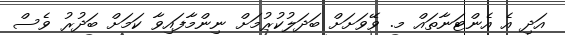
އަދި އެ އެންޓަނާތައް މ. ވޭވަށަށް ބަދަލުކުރުމަށް ނިންމާފައިވާ ކަމަށް ބަދުރު ވެސް